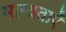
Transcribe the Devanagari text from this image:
मान्‍यताएँ